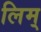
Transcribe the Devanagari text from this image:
लिम्‌